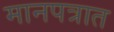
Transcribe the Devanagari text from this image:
मानपत्रात